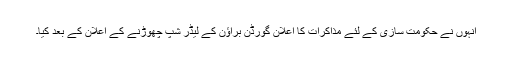
انہوں نے حکومت سازی کے لئے مذاکرات کا اعلان گورڈن براؤن کے لیڈر شپ چھوڑنے کے اعلان کے بعد کیا۔